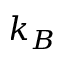
k _ { B }